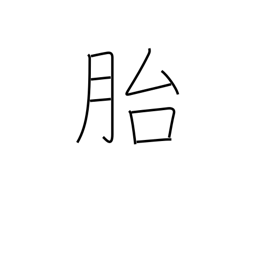
Meaning: womb